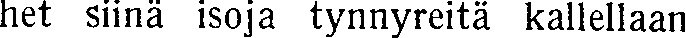
het siinä isoja tynnyreitä kallellaan